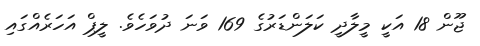
ޖޫން 18 އަކީ މީލާދީ ކަލަންޑަރުގެ 169 ވަނަ ދުވަހެވެ. ލީޕް އަހަރެއްގައި